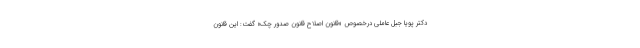
دکتر پویا جبل عاملی درخصوص «قانون اصلاح قانون صدور چک» گفت: این قانون